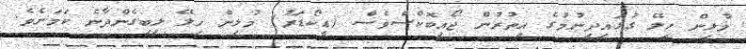
މުޅިން ހިލޭ ގުޅައިދިނުމުގެ އިތުރުން ޖޯއިބޮކްސްވެސް (ޑީކޯޑަރު) މުޅިން ހިލޭ ލިބިގެންދާނެ ކަމަށެވެ.